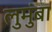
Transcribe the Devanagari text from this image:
लुमुंबा